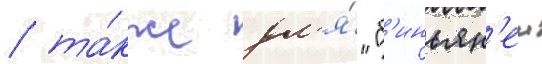
/ та́кже дл'я́ "б'иньян'еи